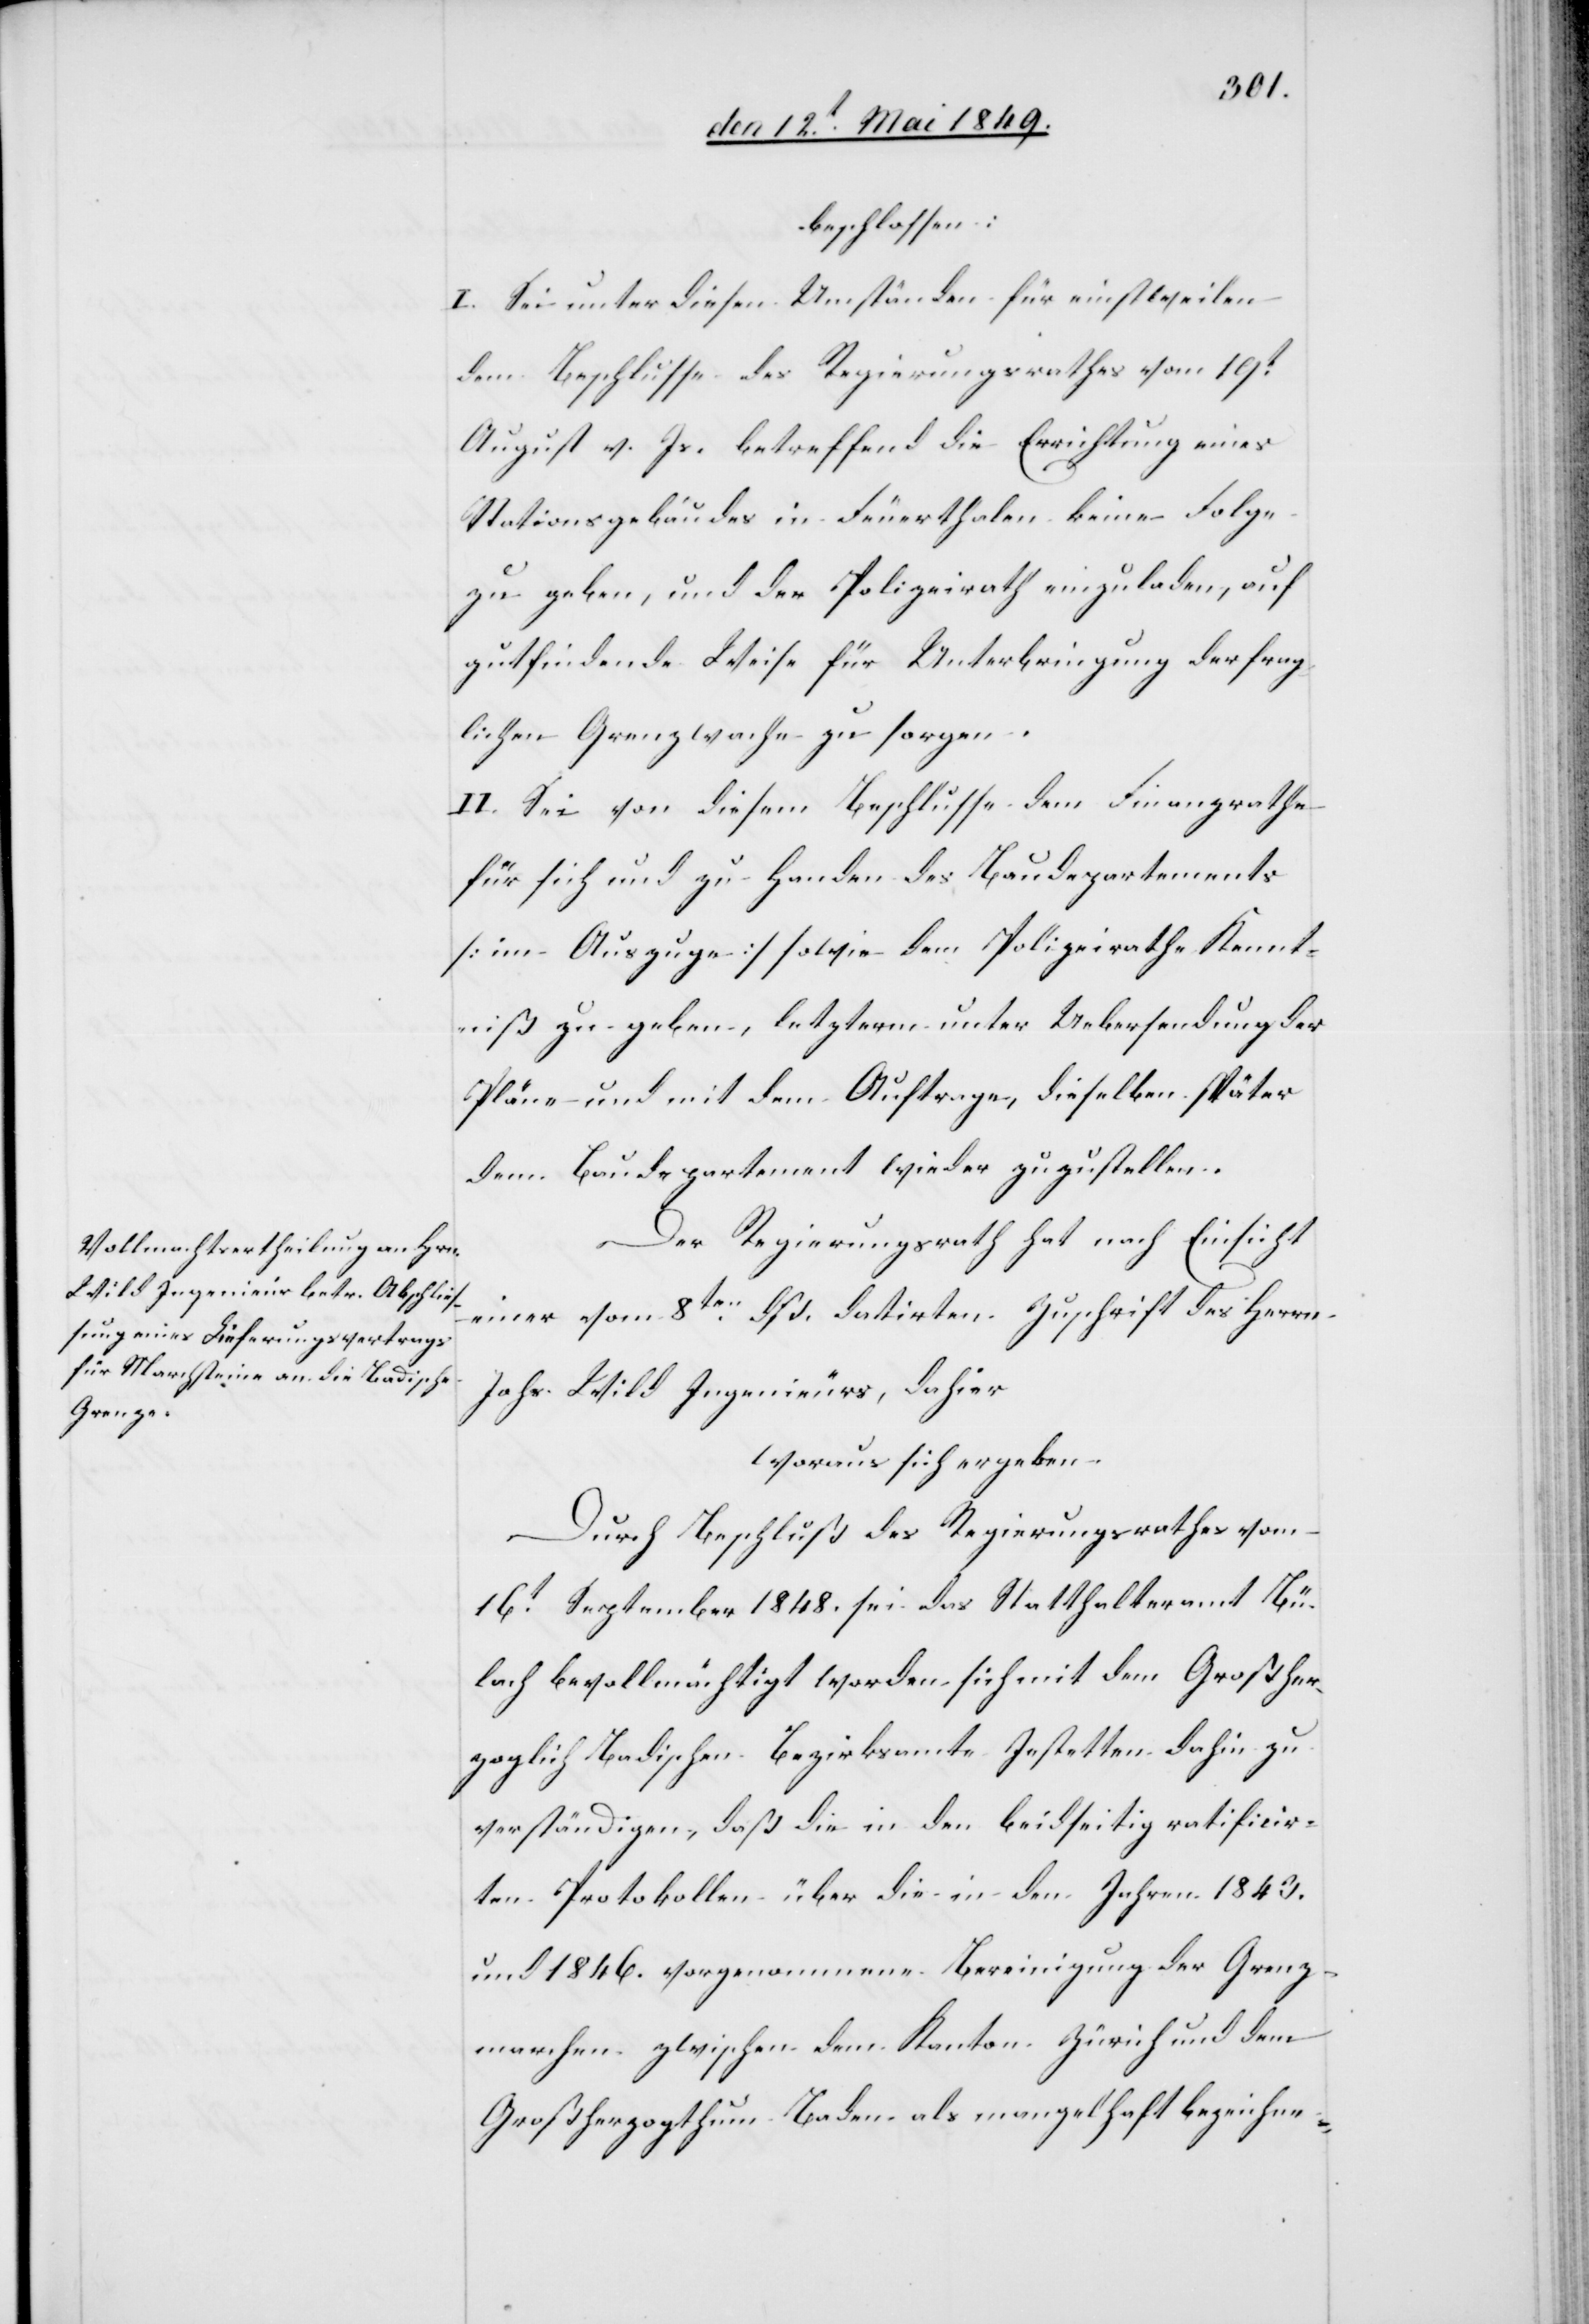
beschlossen:
I. Sei unter diesen Umständen für einstweilen
dem Beschlusse des Regierungsrathes vom 19t
August v. Js. betreffend die Errichtung eines
Stationsgebäudes in Feuerthalen keine Folge
zu geben, und der Polizeirath einzuladen, auf
gutfindende Weise für Unterbringung der frag¬
lichen Grenzwache zu sorgen.
II. Sei von diesem Beschlusse dem Finanzrathe
für sich und zu Handen des Baudepartements
[im Auszuge] sowie dem Polizeirathe Kennt¬
niß zu geben, letzterm unter Uebersendung der
Pläne und mit dem Auftrage, dieselben später
dem Baudepartement wieder zuzustellen.
Der Regierungsrath hat nach Einsicht
einer vom 8ten dß. datirten Zuschrift des Herrn
Johs. Wild Ingenieurs, dahier
woraus sich ergeben.
Durch Beschluß des Regierungsrathes vom
16t September 1848. sei das Statthalteramt Bü¬
lach bevollmächtigt worden sich mit dem Großher¬
zoglich Badischen Bezirksamte Jestetten dahin zu
verständigen, daß die in den beidseitig ratificir¬
ten Protokollen über die in den Jahren 1843.
und 1846. vorgenommene Bereinigung der Grenz¬
marchen zwischen dem Kanton Zürich und dem
Großherzogthum Baden als mangelhaft bezeichne-